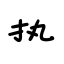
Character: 执